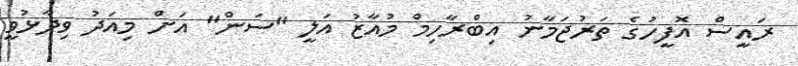
ރައީސް އޮފީހުގެ ތަރުޖަމާނު އިބްރާހިމް މުއާޒު އަލީ "ސަން" އަށް މިއަދު ވިދާޅުވީ